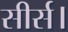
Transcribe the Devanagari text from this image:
सीर्स।